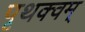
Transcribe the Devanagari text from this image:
पृथक्वम्